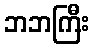
ဘဘကြီး